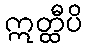
ဣတ္ထီပိ